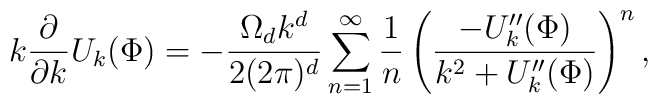
k\frac{\partial}{\partial k}U_k(\Phi)=-\frac{\Omega_d k^d}{2(2\pi)^d}\sum_{n=1}^\infty\frac{1}{n}\left(\frac{-U_k^{\prime\prime}(\Phi)}{k^2+U_k^{\prime\prime}(\Phi)}\right)^n,